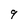
Character: 9